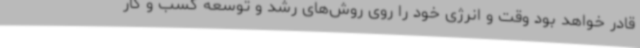
قادر خواهد بود وقت و انرژی خود را روی روش‌های رشد و توسعه کسب و کار